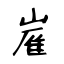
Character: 嵟